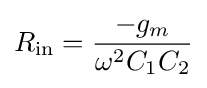
R_{\text{in}}={\frac {-g_{m}}{\omega ^{2}C_{1}C_{2}}}